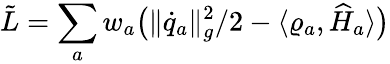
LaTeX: {\tilde{L}}=\sum_{a}w_{a}\big(\| \dot{{q}}_{a}\| _{g}^{2}/2-\langle\varrho_{a},\widehat H_{a}\rangle\big)